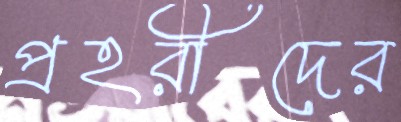
প্রহরীদের